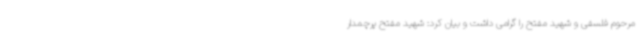
مرحوم فلسفی و شهید مفتح را گرامی داشت و بیان کرد: شهید مفتح پرچمدار